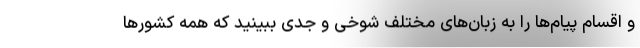
و اقسام پیام‌ها را به زبان‌های مختلف شوخی و جدی ببینید که همه کشورها